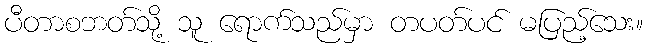
ပီတာစဘတ်သို့ သူ ရောက်သည်မှာ တပတ်ပင် မပြည့်သေး။